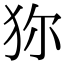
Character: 狝